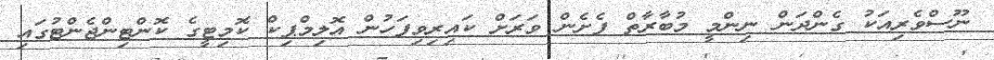
ނޫސްވެރިއަކު ގެންދަން ނިންމީ މުބާރާތް ފެށެން ވަރަށް ކައިރިވިފަހުން އޮލިމްޕިކް ކޮމިޓީގެ ކޮންޓިންޖެންޓުގައި